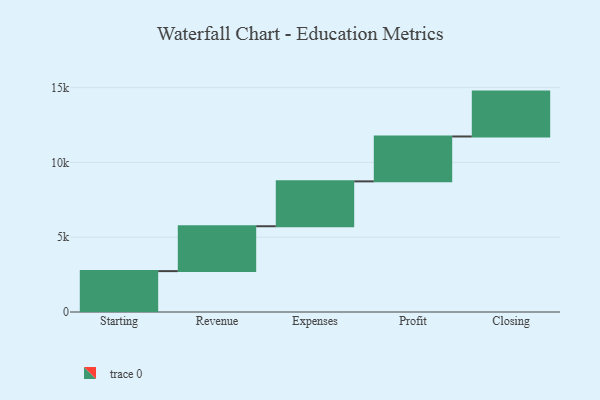
{"axis": {"x": "Step", "y": "Value"}, "legend": [""], "data": [{"x": "Starting", "y": 2733.0, "type": ""}, {"x": "Revenue", "y": 3000, "type": ""}, {"x": "Expenses", "y": 3000, "type": ""}, {"x": "Profit", "y": 3000, "type": ""}, {"x": "Closing", "y": 3000, "type": ""}]}